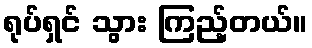
ရုပ်ရှင် သွား ကြည့်တယ်။